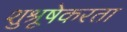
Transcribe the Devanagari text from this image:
शुश्रूषेकरता